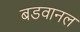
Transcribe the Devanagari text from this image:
बडवानल